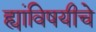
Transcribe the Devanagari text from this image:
ह्यांविषयीचे